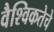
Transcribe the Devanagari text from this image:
वैश्विकतेचे